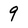
Character: 9